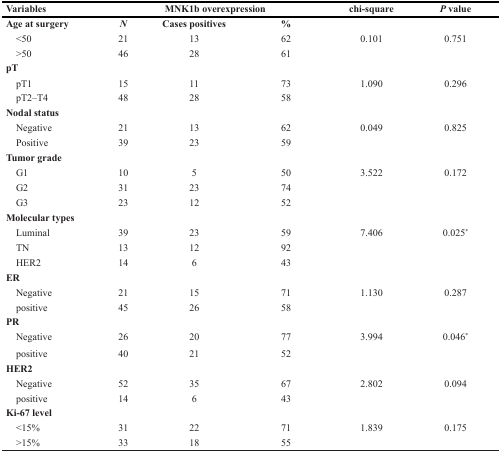
| Variables | <COLSPAN=3> MNK1b overexpression | chi-square | P value |
 | --- | --- | --- | --- | --- | --- |
 | Age at surgery | N | Cases positives | % |  |  |
 | <50 | 21 | 13 | 62 | 0.101 | 0.751 |
 | >50 | 46 | 28 | 61 |  |  |
 | pT |  |  |  |  |  |
 | pT1 | 15 | 11 | 73 | 1.090 | 0.296 |
 | pT2–T4 | 48 | 28 | 58 |  |  |
 | Nodal status |  |  |  |  |  |
 | Negative | 21 | 13 | 62 | 0.049 | 0.825 |
 | Positive | 39 | 23 | 59 |  |  |
 | Tumor grade |  |  |  |  |  |
 | G1 | 10 | 5 | 50 | 3.522 | 0.172 |
 | G2 | 31 | 23 | 74 |  |  |
 | G3 | 23 | 12 | 52 |  |  |
 | Molecular types |  |  |  |  |  |
 | Luminal | 39 | 23 | 59 | 7.406 | 0.025* |
 | TN | 13 | 12 | 92 |  |  |
 | HER2 | 14 | 6 | 43 |  |  |
 | ER |  |  |  |  |  |
 | Negative | 21 | 15 | 71 | 1.130 | 0.287 |
 | positive | 45 | 26 | 58 |  |  |
 | PR |  |  |  |  |  |
 | Negative | 26 | 20 | 77 | 3.994 | 0.046* |
 | positive | 40 | 21 | 52 |  |  |
 | HER2 |  |  |  |  |  |
 | Negative | 52 | 35 | 67 | 2.802 | 0.094 |
 | positive | 14 | 6 | 43 |  |  |
 | Ki-67 level |  |  |  |  |  |
 | <15% | 31 | 22 | 71 | 1.839 | 0.175 |
 | >15% | 33 | 18 | 55 |  |  |